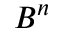
B ^ { n }